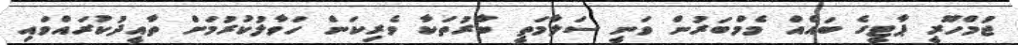
ޖުމްހޫރީ ޕާޓީގެ ބައެއް މެމްބަރުން ވަނީ ސަލާމަތީ ބާރުތަކާ ވެރިކަން ހަވާލުކުރުމަށް ތާއީދުކުރައްވައި